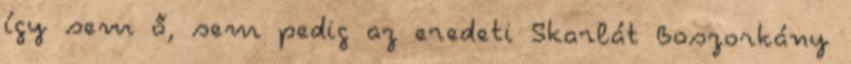
így sem ő, sem pedig az eredeti Skarlát Boszorkány